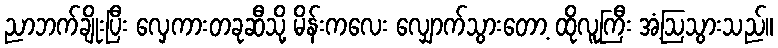
ညာဘက်ချိုးပြီး လှေကားတခုဆီသို့ မိန်းကလေး လျှောက်သွားတော့ ထိုလူကြီး အံ့ဩသွားသည်။